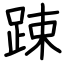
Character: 踈